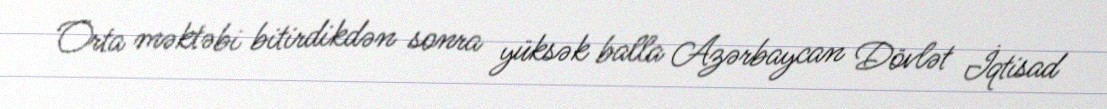
Orta məktəbi bitirdikdən sonra yüksək balla Azərbaycan Dövlət İqtisad